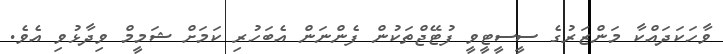
ވާހަކަދައްކާ މަންޒަރުގެ ސީސީޓީވީ ފުޓޭޖްތަކުން ފެންނަން އެބަހުރި ކަމަށް ޝަމީމް ވިދާޅުވި އެވެ.